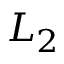
L _ { 2 }